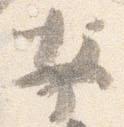
安